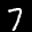
Label: 7